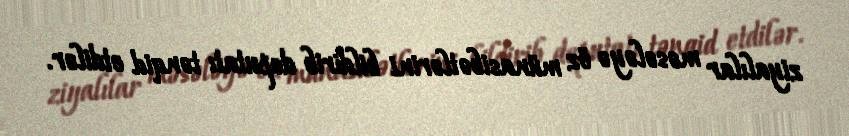
ziyalılar məsələyə öz münasibətlərini bildirib deputatı tənqid etdilər.